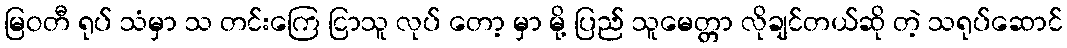
မြဝတီ ရုပ် သံမှာ သ တင်းကြေ ငြာသူ လုပ် တော့ မှာ မို့ ပြည် သူမေတ္တာ လိုချင်တယ်ဆို တဲ့ သရုပ်ဆောင်